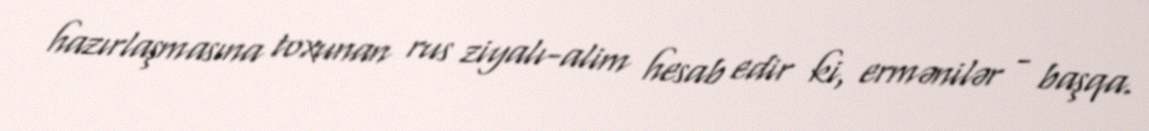
hazırlaşmasına toxunan rus ziyalı-alim hesab edir ki, ermənilər - başqa.